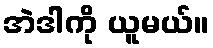
အဲဒါကို ယူမယ်။